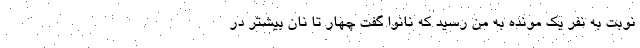
نوبت به نفر یک مونده به من رسید که نانوا گفت چهار تا نان بیشتر در